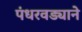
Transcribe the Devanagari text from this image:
पंधरवड्याने